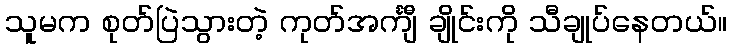
သူမက စုတ်ပြဲသွားတဲ့ ကုတ်အင်္ကျီ ချိုင်းကို သီချုပ်နေတယ်။